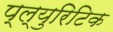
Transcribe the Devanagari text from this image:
प्ल्युरिटिक